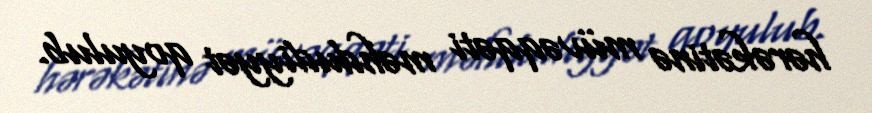
hərəkətinə müvəqqəti məhdudiyyət qoyulub.